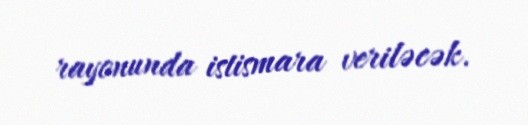
rayonunda istismara veriləcək.